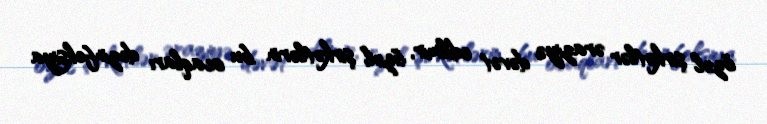
özəl şirkətlər əraziyə dəvət edilmir, özəl şirkətlərin bu ocaqları dezinfeksiya